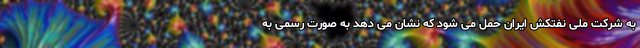
به شرکت ملی نفتکش ایران حمل می شود که نشان می دهد به صورت رسمی به